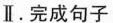
Ⅱ.完成句子